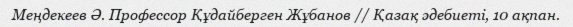
Меңдекеев Ә. Профессор Құдайберген Жұбанов // Қазақ әдебиеті, 10 ақпан.